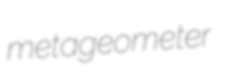
metageometer